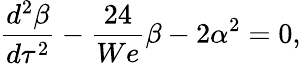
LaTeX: \frac{d^{2}\beta}{d\tau^{2}}-\frac{24}{We}\beta-2\alpha^{2}=0,